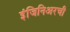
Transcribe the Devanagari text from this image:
इंजिनिअरची